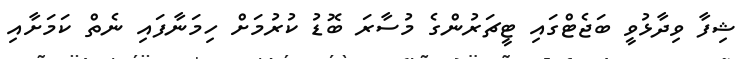
ޝިފާ ވިދާޅުވީ ބަޖެޓްގައި ޓީޗަރުންގެ މުސާރަ ބޮޑު ކުރުމަށް ހިމަނާފައި ނެތް ކަމަށާއި